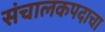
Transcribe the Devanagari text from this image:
संचालकपदाचा